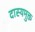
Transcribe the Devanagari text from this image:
दास्यमुक्त